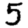
Digit: 5